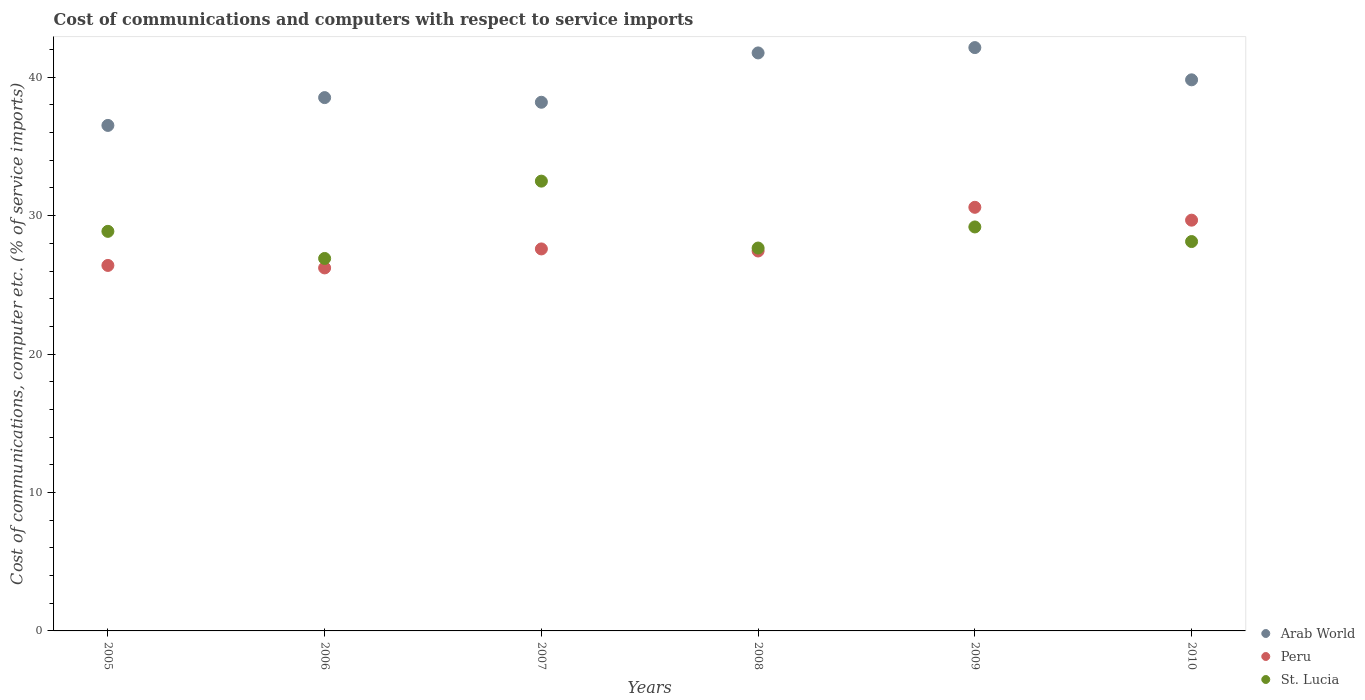
| Years | Arab World | Peru | St. Lucia |
 | --- | --- | --- | --- |
 | 2005 | 36.5 | 26.4 | 28.9 |
 | 2006 | 38.5 | 26.2 | 26.9 |
 | 2007 | 38.2 | 27.6 | 32.5 |
 | 2008 | 41.8 | 27.4 | 27.7 |
 | 2009 | 42.1 | 30.6 | 29.2 |
 | 2010 | 39.8 | 29.7 | 28.1 |